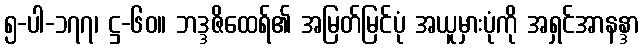
၅-ပါ-၁၇၇၊ ဋ္ဌ-၆၀။ ဘဒ္ဒဇိထေရ်၏ အမြတ်မြင်ပုံ အယူမှားပုံကို အရှင်အာနန္ဒာ